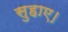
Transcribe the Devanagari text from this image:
सुहाए।